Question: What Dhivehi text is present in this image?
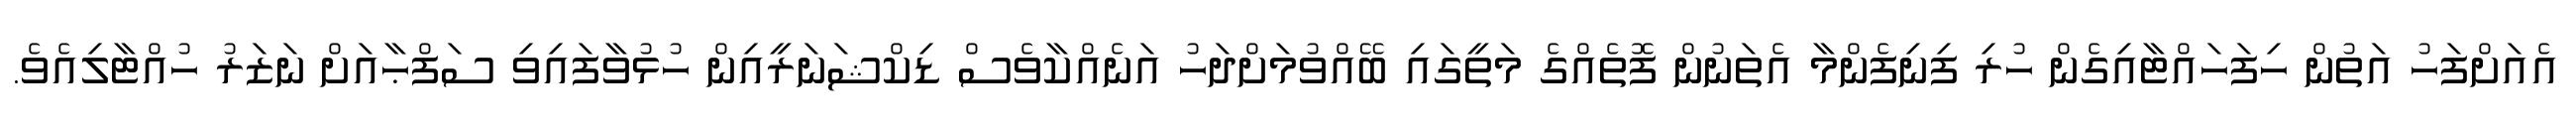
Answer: އެއަށްފަހު އަތުން ހިފަހައްޓާއިގެން ހުރި ފިނިފެންމާ އެތަނުން ފޮތެއްގެ މަތީގައި ބޭއްވުމަށްދަހު އަނެއްކާވެސް ޑިކްޝަނަރީއިން ހުޅުވާފައިވި ސަފްޙާއަށް ނަޒަރު ހުއްޓާލިއެވެ.